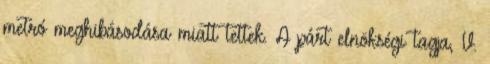
metró meghibásodása miatt tettek. A párt elnökségi tagja, V.